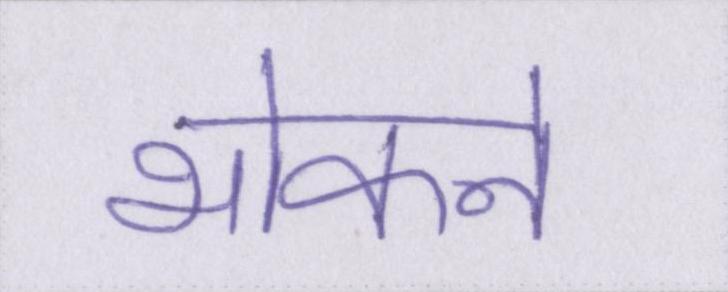
भोकने